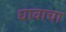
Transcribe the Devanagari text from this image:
घावाचा